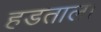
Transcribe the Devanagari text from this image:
हडताल।